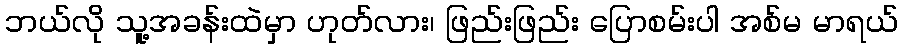
ဘယ်လို သူ့အခန်းထဲမှာ ဟုတ်လား၊ ဖြည်းဖြည်း ပြောစမ်းပါ အစ်မ မာရယ်